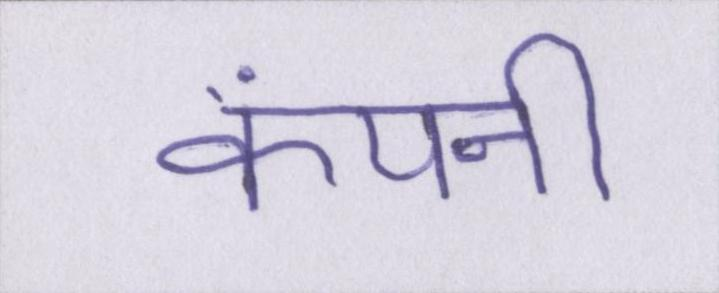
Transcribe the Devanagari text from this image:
कंपनी